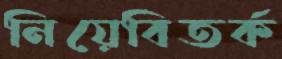
নিয়েবিতর্ক